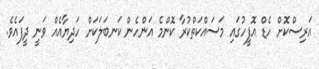
އަރިސްކޮށް ހެޑް އޮފީހުގައި މަސައްކަތްކުރާ ކޮންމެ އަންހެން ކަނބަލަކަށް ހަދިޔާއެއް ވަނީ ދީފައެވެ.